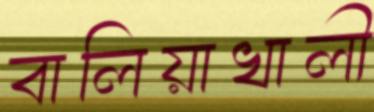
বালিয়াখালী